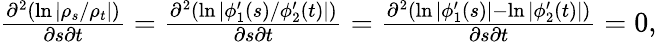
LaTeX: \begin{array}{r}{\frac{\partial^{2}(\ln|\rho_{s}/\rho_{t}|)}{\partial s\partial t}=\frac{\partial^{2}(\ln|\phi_{1}^{\prime}(s)/\phi_{2}^{\prime}(t)|)}{\partial s\partial t}=\frac{\partial^{2}(\ln|\phi_{1}^{\prime}(s)|-\ln|\phi_{2}^{\prime}(t)|)}{\partial s\partial t}=0,}\end{array}